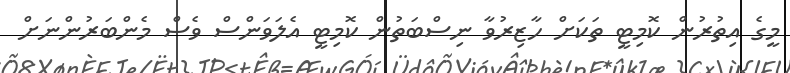
މީގެ އިތުރުން ކޮމިޓީ ތަކަށް ހާޒިރުވާ ނިސްބަތުން ކޮމިޓީ އެލަވަންސް ވެސް މެންބަރުންނަށް